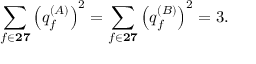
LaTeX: \sum _ { f \in { \bf 2 7 } } \left( q _ { f } ^ { ( A ) } \right) ^ { 2 } = \sum _ { f \in { \bf 2 7 } } \left( q _ { f } ^ { ( B ) } \right) ^ { 2 } = 3 .